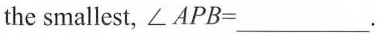
the smallest, \angle APB=___.